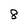
Character: 8